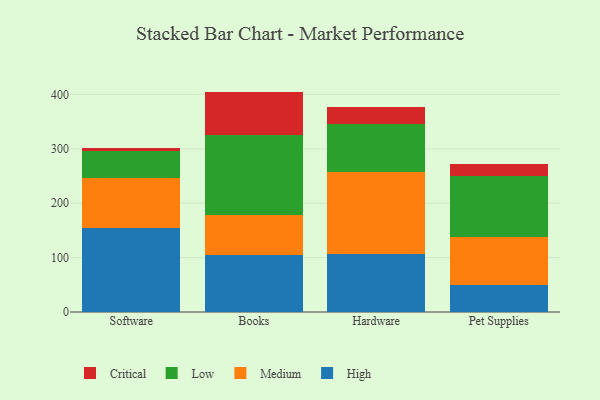
{"axis": {"x": "Category", "y": "Energy Usage (MWh)"}, "legend": ["Critical", "High", "Low", "Medium"], "data": [{"x": "Software", "y": 154.2, "type": "High"}, {"x": "Software", "y": 92.9, "type": "Medium"}, {"x": "Software", "y": 48.7, "type": "Low"}, {"x": "Software", "y": 5.2, "type": "Critical"}, {"x": "Books", "y": 105.3, "type": "High"}, {"x": "Books", "y": 72.2, "type": "Medium"}, {"x": "Books", "y": 147.9, "type": "Low"}, {"x": "Books", "y": 79.9, "type": "Critical"}, {"x": "Hardware", "y": 107.5, "type": "High"}, {"x": "Hardware", "y": 150.8, "type": "Medium"}, {"x": "Hardware", "y": 86.6, "type": "Low"}, {"x": "Hardware", "y": 32.6, "type": "Critical"}, {"x": "Pet Supplies", "y": 49.6, "type": "High"}, {"x": "Pet Supplies", "y": 88.3, "type": "Medium"}, {"x": "Pet Supplies", "y": 112.0, "type": "Low"}, {"x": "Pet Supplies", "y": 22.2, "type": "Critical"}]}